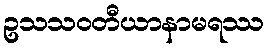
ဥသသဝတီယာနာမရဿ